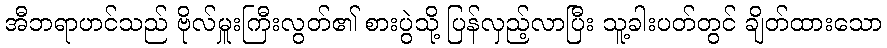
အီဘရာဟင်သည် ဗိုလ်မှူးကြီးလွတ်၏ စားပွဲသို့ ပြန်လှည့်လာပြီး သူ့ခါးပတ်တွင် ချိတ်ထားသော